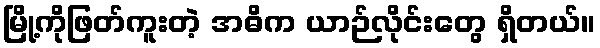
မြို့ကိုဖြတ်ကူးတဲ့ အဓိက ယာဉ်လိုင်းတွေ ရှိတယ်။